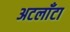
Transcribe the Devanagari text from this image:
अटलाँटा